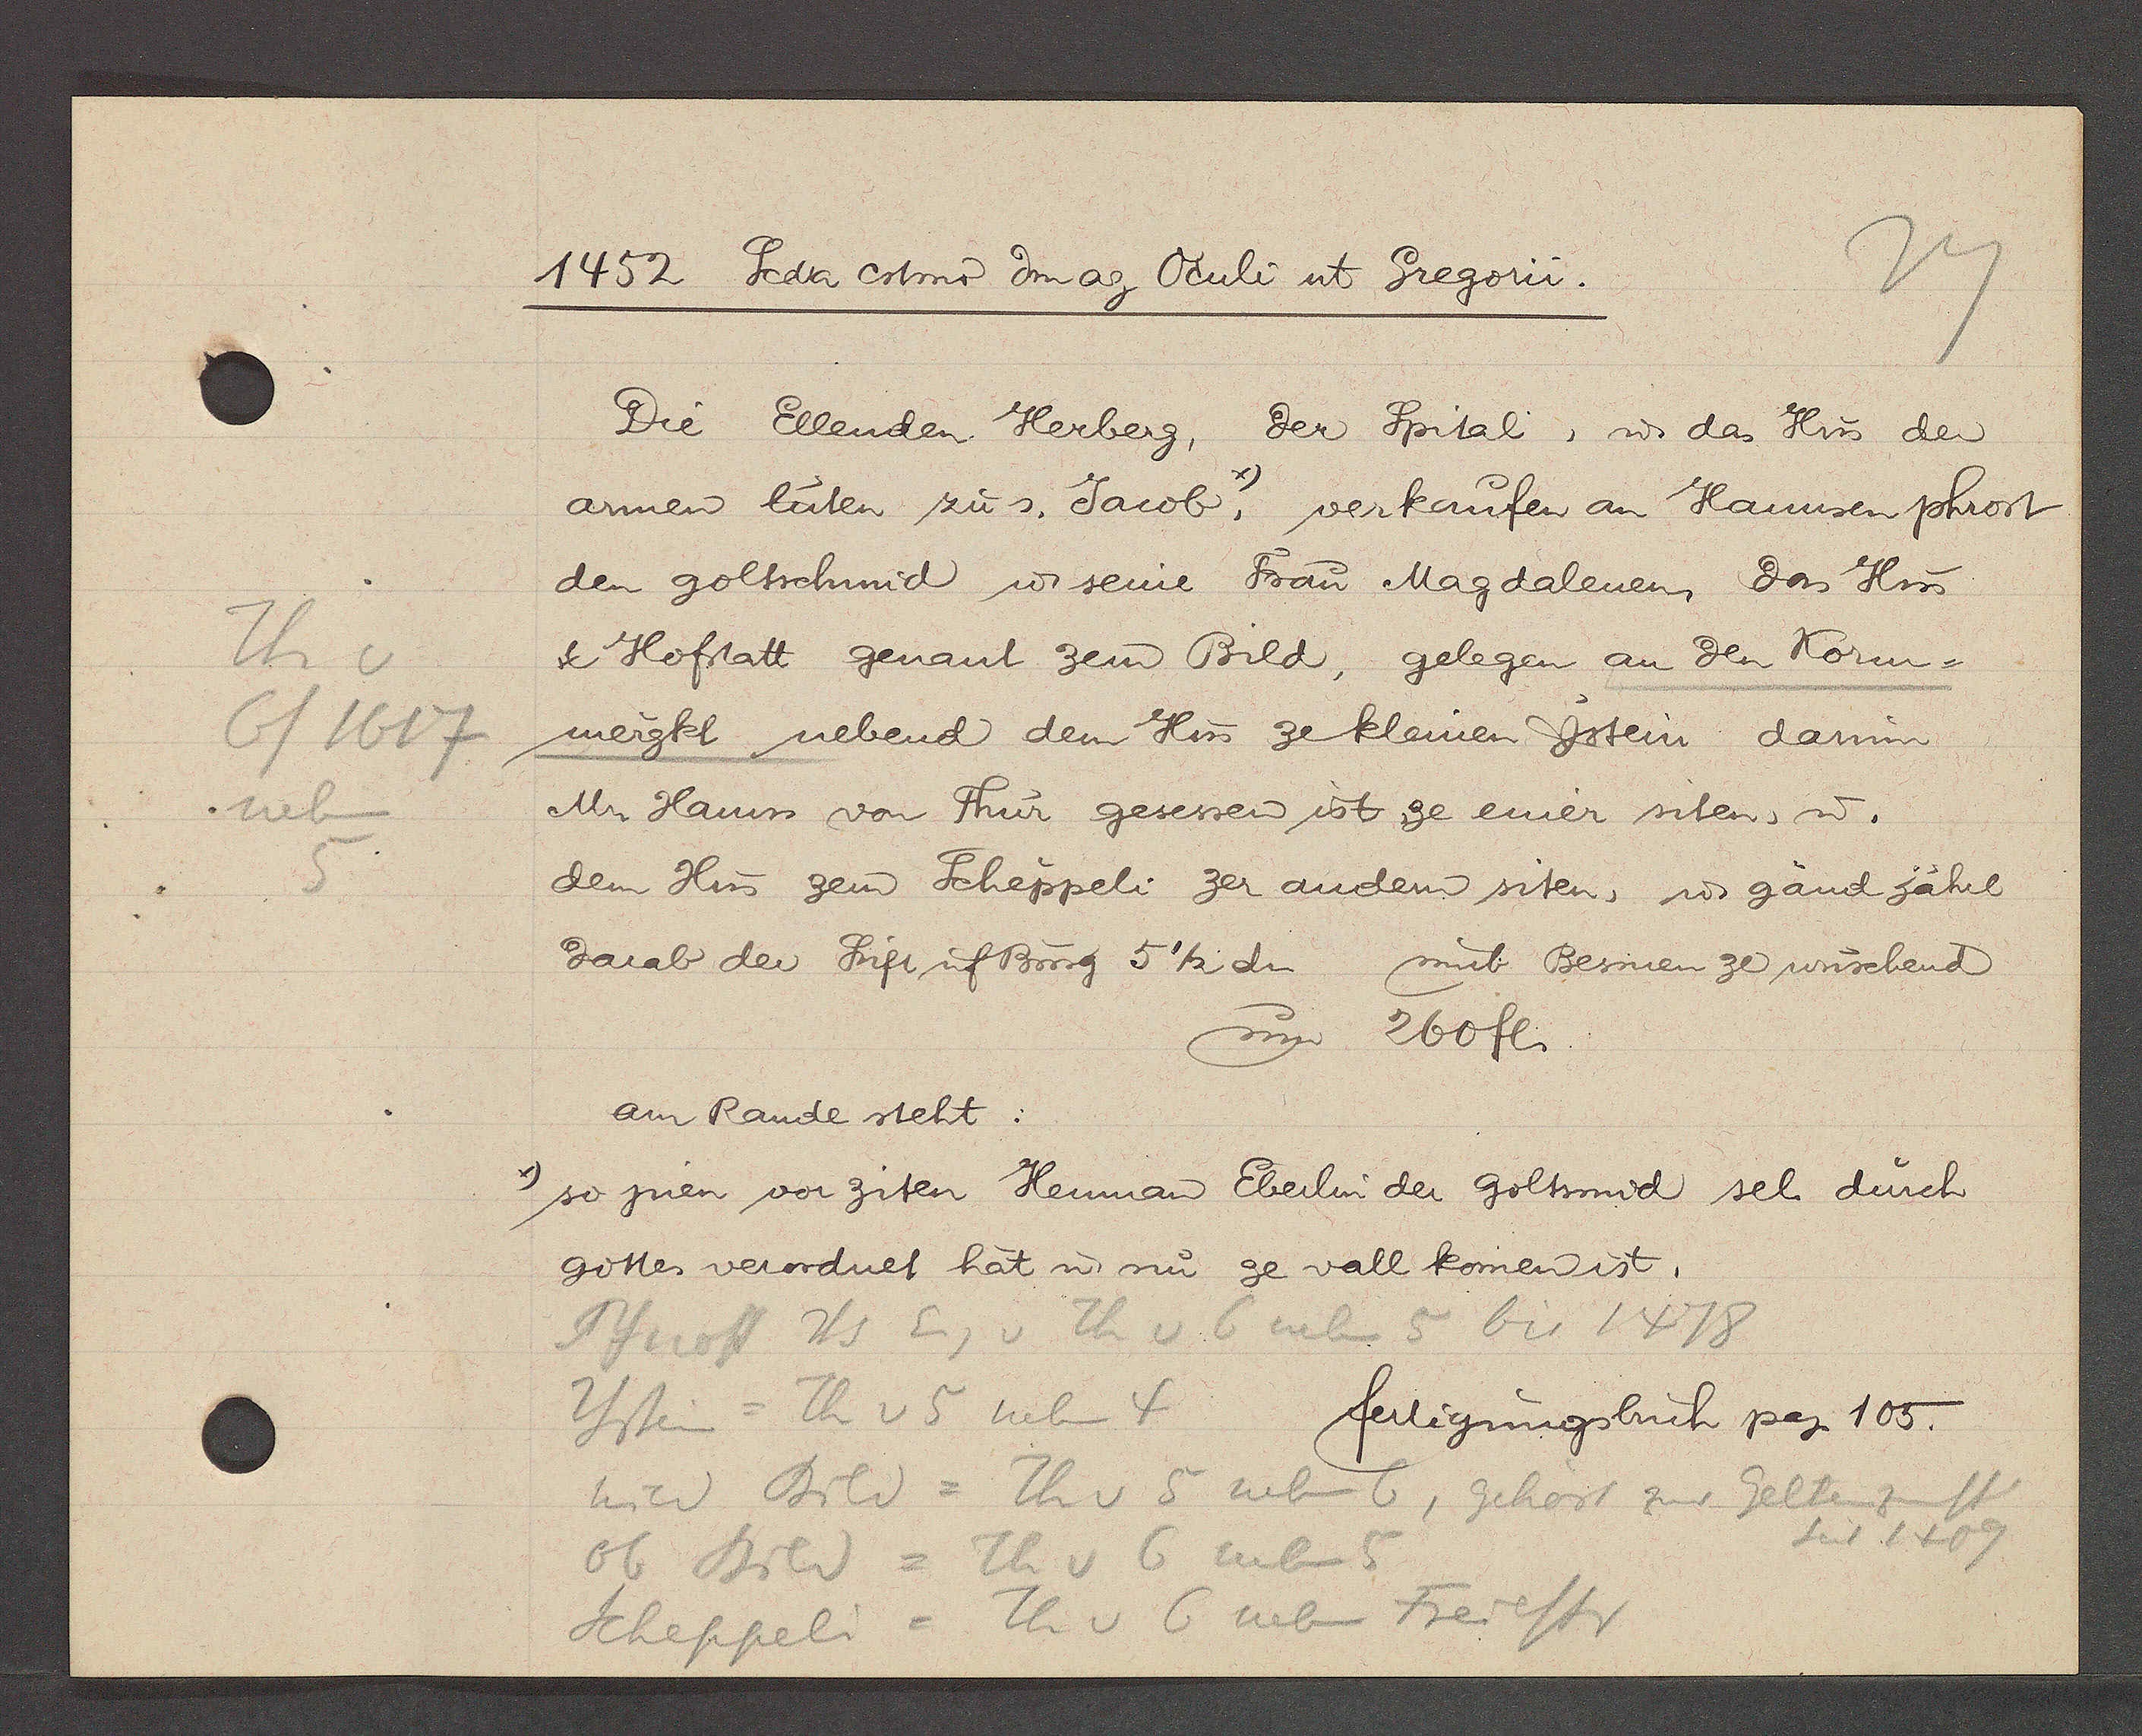
Transcript:
Th v
6/1617
neben
5

1452 Scda  cetmo dm ap Oculi ut Gregorii.

Die Ellenden Herberg, der Spital, ư das Hus der
armen lüten zu s. Jacob, verkaufen an Hannsen phrost
den goltschmid ư seine Frau Magdalenen, das Hus
& Hofstatt genant zem Bild, gelegen an den Korn¬
wergkl nebend dem Hus ze kleinen Ystein darum
Mr Hanns von Thür gesessen ist ze einer siten, u.
dem Hus zem Scheppeli zer andern siten, ư gänd jährl
darab der Stift uf Burg 5 1/2 den mit Besinen ze wuschend
um 260 fl.
am Rande steht:
 so jnen von ziten Heuman Eberlin der goltsmid sel. durch
gottes verordnet hat, ư um ze vall komen ist.

Pfuost Hs Eig v Th v 6 neben 5 bis 1418
Ystein =  Th v 5 neben 4

fertigungsbuch pag 105.

zum Bild = Th v 5 neben 6, gehört zur Geltenzunfft
seit 1409
Ob Bild = Th v 6 neben 5
= Th v 6 neben Freiestr
Scheppeli